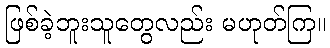
ဖြစ်ခဲ့ဘူးသူတွေလည်း မဟုတ်ကြ။